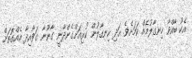
އެކު ބާއްވާ ހިނގާލުމެއް ކަމަށެވެ. އަދި ހިނގާލުން ކުރިއަށްގެންދާނީ ގާނޫނާ ގަވާއިދާ އެއްގޮތަށް